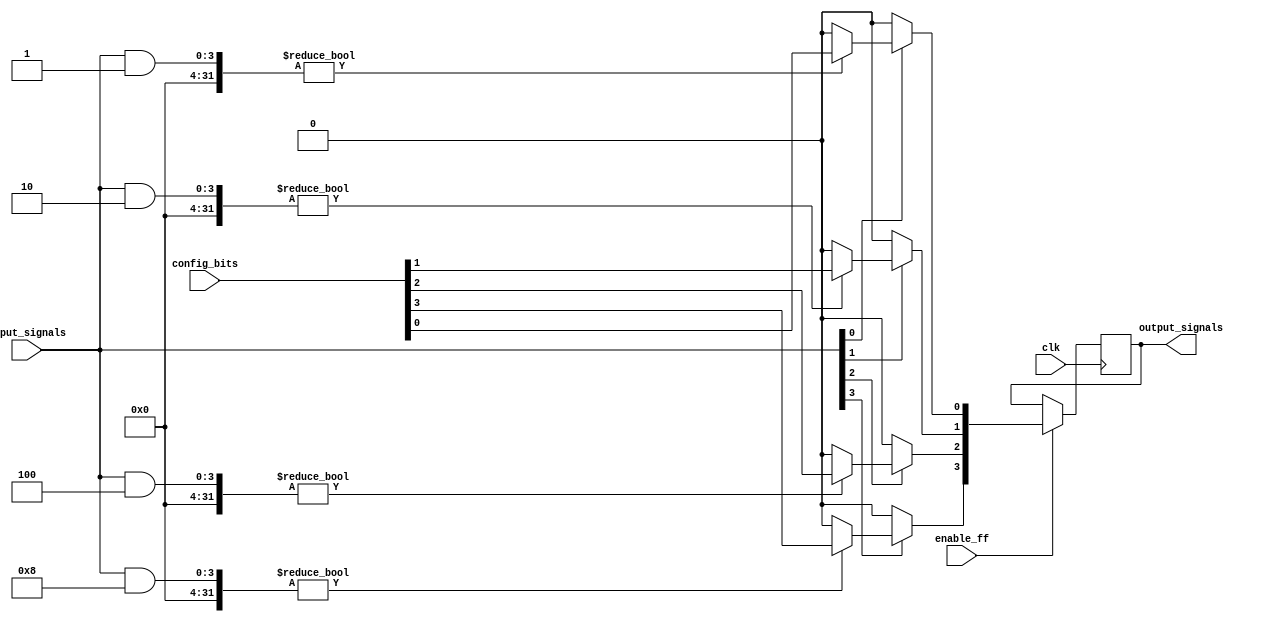
module CLB (
    input wire [3:0] input_signals, // 4 input signals
    input wire [3:0] config_bits,    // Configuration bits for LUTs
    input wire clk,                  // Clock signal for flip-flops
    input wire enable_ff,            // Enable signal for flip-flops
    output wire [3:0] output_signals // 4 output signals
);

    // Lookup Tables (LUTs)
    wire [3:0] lut_outputs;
    wire [3:0] lut_inputs;

    // Example LUT implementation (4-input LUT)
    generate
        genvar i;
        for (i = 0; i < 4; i = i + 1) begin : lut
            assign lut_outputs[i] = (input_signals & (1 << i)) ? config_bits[i] : 0;
        end
    endgenerate

    // Multiplexers to select output from LUTs or direct input
    wire [3:0] mux_outputs;
    assign mux_outputs[0] = (input_signals[0]) ? lut_outputs[0] : input_signals[0];
    assign mux_outputs[1] = (input_signals[1]) ? lut_outputs[1] : input_signals[1];
    assign mux_outputs[2] = (input_signals[2]) ? lut_outputs[2] : input_signals[2];
    assign mux_outputs[3] = (input_signals[3]) ? lut_outputs[3] : input_signals[3];

    // Flip-Flops for synchronous storage
    reg [3:0] ff_outputs;
    always @(posedge clk) begin
        if (enable_ff) begin
            ff_outputs <= mux_outputs;
        end
    end

    // Outputs
    assign output_signals = ff_outputs;

endmodule